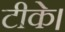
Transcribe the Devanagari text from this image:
टीके।